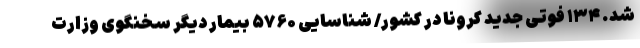
شد. ۱۳۴ فوتی جدید کرونا در کشور/ شناسایی ۵۷۶۰ بیمار دیگر سخنگوی وزارت